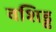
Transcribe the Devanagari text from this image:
वशिड्ढ